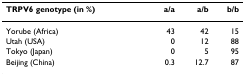
<table><thead><tr><td><b>TRPV6 genotype (in %)</b></td><td><b>a/a</b></td><td><b>a/b</b></td><td><b>b/b</b></td></tr></thead><tbody><tr><td>Yorube (Africa)</td><td>43</td><td>42</td><td>15</td></tr><tr><td>Utah (USA)</td><td>0</td><td>12</td><td>88</td></tr><tr><td>Tokyo (Japan)</td><td>0</td><td>5</td><td>95</td></tr><tr><td>Beijing (China)</td><td>0.3</td><td>12.7</td><td>87</td></tr></tbody></table>